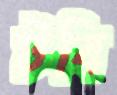
টবি